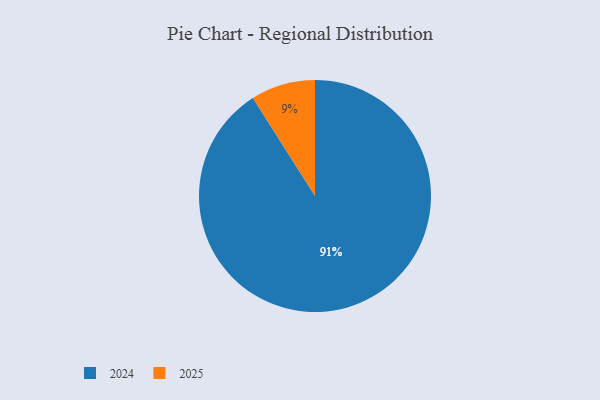
{"axis": {"x": "Category", "y": "Percentage"}, "legend": ["2024", "2025"], "data": [{"x": "2024", "y": 91, "type": "2024"}, {"x": "2025", "y": 9, "type": "2025"}]}